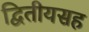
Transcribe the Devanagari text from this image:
द्वितीयसह